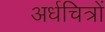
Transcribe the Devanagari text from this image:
अर्धचित्रों